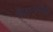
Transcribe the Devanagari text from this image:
हैकनसैक